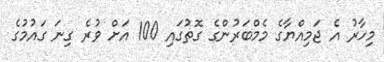
މިހާރު އެ ޖަމިއްޔާގެ މެމްބަރުންގެ ގޮތުގައި 100 އަށް ވުރެ ގިނަ ގައުމުގެ